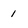
Character: 1